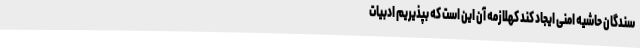
سندگان حاشیه امنی ایجاد کند کهلازمه آن این است که بپذیریم ادبیات